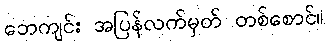
ဘေကျင်း အပြန်လက်မှတ် တစ်စောင်။